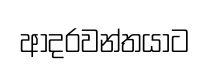
ආදරවන්තයාට